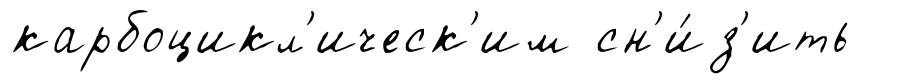
карбоцикл'ическ'им сн'и́з'ить